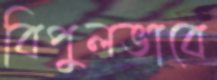
বিপুলভাবে